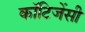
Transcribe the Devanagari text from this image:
कॉटिजेंसी